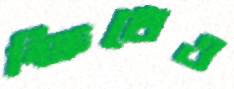
ক্ষিধেও